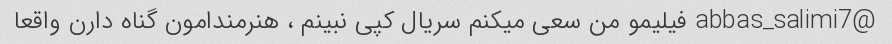
@abbas_salimi7 فیلیمو من سعی میکنم سریال کپی نبینم ، هنرمندامون گناه دارن واقعا